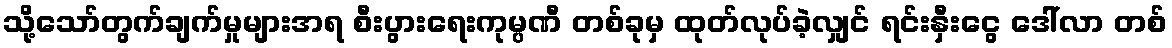
သို့သော်တွက်ချက်မှုများအရ စီးပွားရေးကုမ္ပဏီ တစ်ခုမှ ထုတ်လုပ်ခဲ့လျှင် ရင်းနှီးငွေ ဒေါ်လာ တစ်